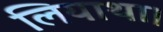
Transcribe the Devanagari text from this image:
लियाथा।